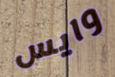
وايس